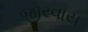
જીરવાય